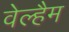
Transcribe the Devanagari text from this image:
वेल्हैम